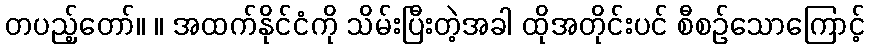
တပည့်တော်။ ။ အထက်နိုင်ငံကို သိမ်းပြီးတဲ့အခါ ထိုအတိုင်းပင် စီစဉ်သောကြောင့်